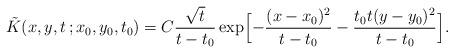
LaTeX: \begin{align*}\tilde{K}(x,y,t\,;x_0,y_0,t_0)=C \frac{\sqrt{t}}{t-t_0}\exp\Bigl[-\frac{(x-x_0)^2}{t-t_0}-\frac{t_0 t (y-y_0)^2}{t-t_0}\Bigr].\end{align*}